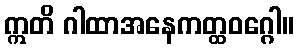
ဣတိ ဂါထာအနေကတ္ထဝဂ္ဂေါ။